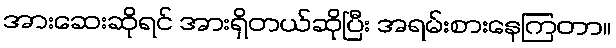
အားဆေးဆိုရင် အားရှိတယ်ဆိုပြီး အရမ်းစားနေကြတာ။